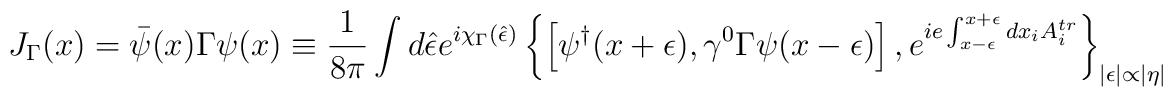
J_\Gamma(x)=\bar\psi(x)\Gamma\psi(x)\equiv \frac{1}{8\pi}\int d\hat\epsilon e^{i\chi_\Gamma(\hat\epsilon)}\left\{\left[\psi^\dagger(x+\epsilon),\gamma^0\Gamma\psi(x-\epsilon)\right],e^{ie\int_{x-\epsilon}^{x+\epsilon}dx_iA_i^{tr}}\right\}_{|\epsilon|\propto|\eta|}